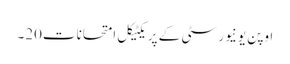
اوپن یونیورسٹی کے پریکٹیکل امتحانات20۔